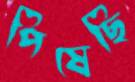
পিষেছি